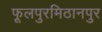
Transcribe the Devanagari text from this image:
फूलपुरमिठानपुर